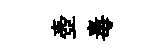
壺毒